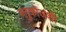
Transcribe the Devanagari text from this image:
ग्लुकोजशी